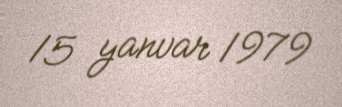
15 yanvar 1979